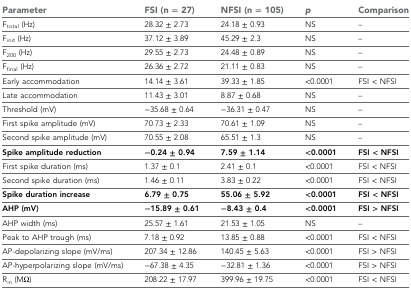
<table><thead><tr><td><b>Parameter</b></td><td><b>FSI (n = 27)</b></td><td><b>NFSI (n = 105)</b></td><td><b><i>p</i></b></td><td><b>Comparison</b></td></tr></thead><tbody><tr><td>F<sub>total</sub> (Hz)</td><td>28.32 ± 2.73</td><td>24.18 ± 0.93</td><td>NS</td><td>–</td></tr><tr><td>F<sub>init</sub> (Hz)</td><td>37.12 ± 3.89</td><td>45.29 ± 2.3</td><td>NS</td><td>–</td></tr><tr><td>F<sub>200</sub> (Hz)</td><td>29.55 ± 2.73</td><td>24.48 ± 0.89</td><td>NS</td><td>–</td></tr><tr><td>F<sub>final</sub> (Hz)</td><td>26.36 ± 2.72</td><td>21.11 ± 0.83</td><td>NS</td><td>–</td></tr><tr><td>Early accommodation</td><td>14.14 ± 3.61</td><td>39.33 ± 1.85</td><td>&lt;0.0001</td><td>FSI &lt; NFSI</td></tr><tr><td>Late accommodation</td><td>11.43 ± 3.01</td><td>8.87 ± 0.68</td><td>NS</td><td>–</td></tr><tr><td>Threshold (mV)</td><td>−35.68 ± 0.64</td><td>−36.31 ± 0.47</td><td>NS</td><td>–</td></tr><tr><td>First spike amplitude (mV)</td><td>70.73 ± 2.33</td><td>70.61 ± 1.09</td><td>NS</td><td>–</td></tr><tr><td>Second spike amplitude (mV)</td><td>70.55 ± 2.08</td><td>65.51 ± 1.3</td><td>NS</td><td>–</td></tr><tr><td><b>Spike amplitude reduction</b></td><td><b>−0.24 ± 0.94</b></td><td><b>7.59 ± 1.14</b></td><td><b>&lt;0.0001</b></td><td><b>FSI &lt; NFSI</b></td></tr><tr><td>First spike duration (ms)</td><td>1.37 ± 0.1</td><td>2.41 ± 0.1</td><td>&lt;0.0001</td><td>FSI &lt; NFSI</td></tr><tr><td>Second spike duration (ms)</td><td>1.46 ± 0.11</td><td>3.83 ± 0.22</td><td>&lt;0.0001</td><td>FSI &lt; NFSI</td></tr><tr><td><b>Spike duration increase</b></td><td><b>6.79 ± 0.75</b></td><td><b>55.06 ± 5.92</b></td><td><b>&lt;0.0001</b></td><td><b>FSI &lt; NFSI</b></td></tr><tr><td><b>AHP (mV)</b></td><td><b>−15.89 ± 0.61</b></td><td><b>−8.43 ± 0.4</b></td><td><b>&lt;0.0001</b></td><td><b>FSI &gt; NFSI</b></td></tr><tr><td>AHP width (ms)</td><td>25.57 ± 1.61</td><td>21.53 ± 1.05</td><td>NS</td><td>–</td></tr><tr><td>Peak to AHP trough (ms)</td><td>7.18 ± 0.92</td><td>13.85 ± 0.88</td><td>&lt;0.0001</td><td>FSI &lt; NFSI</td></tr><tr><td>AP-depolarizing slope (mV/ms)</td><td>207.34 ± 12.86</td><td>140.45 ± 5.63</td><td>&lt;0.0001</td><td>FSI &gt; NFSI</td></tr><tr><td>AP-hyperpolarizing slope (mV/ms)</td><td>−67.38 ± 4.35</td><td>−32.81 ± 1.36</td><td>&lt;0.0001</td><td>FSI &gt; NFSI</td></tr><tr><td>R<sub>in</sub> (MΩ)</td><td>208.22 ± 17.97</td><td>399.96 ± 19.75</td><td>&lt;0.0001</td><td>FSI &lt; NFSI</td></tr></tbody></table>